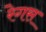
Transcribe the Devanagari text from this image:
रेगस